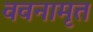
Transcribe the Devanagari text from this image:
ववनामृत